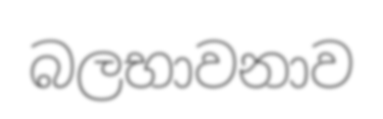
බලභාවනාව